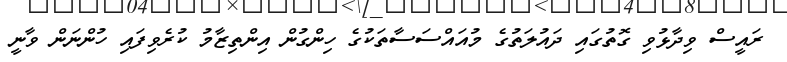
ރައީސް ވިދާޅުވި ގޮތުގައި ދައުލަތުގެ މުއައްސަސާތަކުގެ ހިންގުން އިންތިޒާމު ކުރެވިފައި ހުންނަން ވާނީ